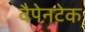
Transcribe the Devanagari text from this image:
वैपेनटेक